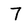
Character: 7